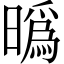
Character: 㬙